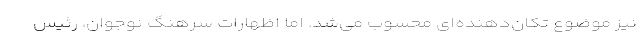
نیز موضوع تکان‌دهنده‌ای محسوب می‌شد. اما اظهارات سرهنگ نوجوان، رئیس